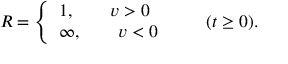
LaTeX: R = \left\{ \begin{array} { l } { { 1 , \qquad v > 0 } } \\ { { \infty , \qquad v < 0 } } \end{array} \right. \qquad ( t \ge 0 ) .